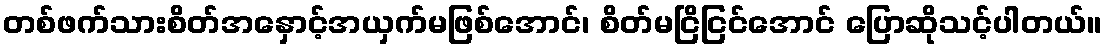
တစ်ဖက်သားစိတ်အနှောင့်အယှက်မဖြစ်အောင်၊ စိတ်မငြိငြင်အောင် ပြောဆိုသင့်ပါတယ်။